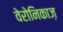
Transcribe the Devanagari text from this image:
वेरोनिकाज़